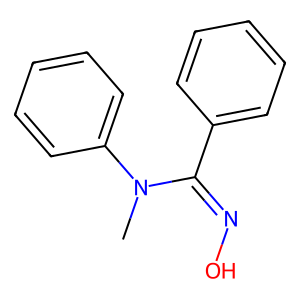
SMILES: CN(C(=NO)c1ccccc1)c1ccccc1
Inhibits HIV replication: No